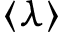
\langle \lambda \rangle